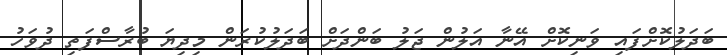
ބަދަލުކޮށްފައި ވަނިކޮށް އޭނާ އަލުން ޖަލު ބަންދަށް ބަދަލުކުރަން މިދިޔަ ބުރާސްފަތި ދުވަހު